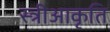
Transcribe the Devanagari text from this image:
स्त्रीआकृति